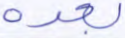
بعده